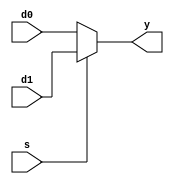
`timescale 1ns / 1ps
//////////////////////////////////////////////////////////////////////////////////
// Company: 
// 
// Design Name: 
// Module Name: MUX2
// Project Name: 
// Target Devices: 
// Tool Versions: 
// Description: 
// 
// Dependencies: 
// 
// Revision:
// Revision 0.01 - File Created
// Additional Comments:
// 
//////////////////////////////////////////////////////////////////////////////////


module MUX2 #(parameter WIDTH=8)
    (
    input [WIDTH-1:0] d0,d1,
    input s,
    output [WIDTH-1:0] y
    );
    
    assign y=s?d1:d0;
    
endmodule